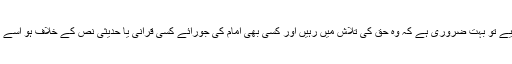
لہٰذاہر شخص بالخصوص مدارس کے طلبہ جوکتبِ حدیث پڑھتے ہیں ان کے لیے تو بہت ضروری ہے کہ وہ حق کی تلاش میں رہیں اور کسی بھی امام کی جورائے کسی قرآنی یا حدیثی نص کے خلاف ہو اسے اپنا مذہب ہر گزنہ بنائیں بلکہ نصّ کو ہی اپنا مذہب بنائیں‘ اسی میں نجات ہے۔